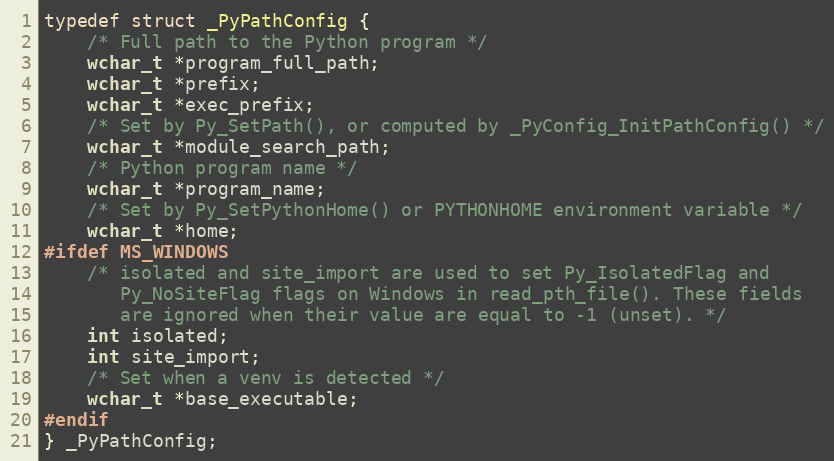
Language: C
typedef struct _PyPathConfig {
    /* Full path to the Python program */
    wchar_t *program_full_path;
    wchar_t *prefix;
    wchar_t *exec_prefix;
    /* Set by Py_SetPath(), or computed by _PyConfig_InitPathConfig() */
    wchar_t *module_search_path;
    /* Python program name */
    wchar_t *program_name;
    /* Set by Py_SetPythonHome() or PYTHONHOME environment variable */
    wchar_t *home;
#ifdef MS_WINDOWS
    /* isolated and site_import are used to set Py_IsolatedFlag and
       Py_NoSiteFlag flags on Windows in read_pth_file(). These fields
       are ignored when their value are equal to -1 (unset). */
    int isolated;
    int site_import;
    /* Set when a venv is detected */
    wchar_t *base_executable;
#endif
} _PyPathConfig;